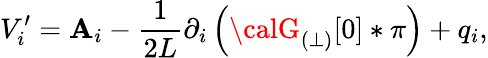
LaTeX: V_{i}^{\prime}={\mathbf{A}}_{i}-\frac{{1}}{{2L}}\partial_{i}\left({\calG}_{(\perp)}[0]\ast\pi\right)+q_{i},